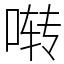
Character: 啭